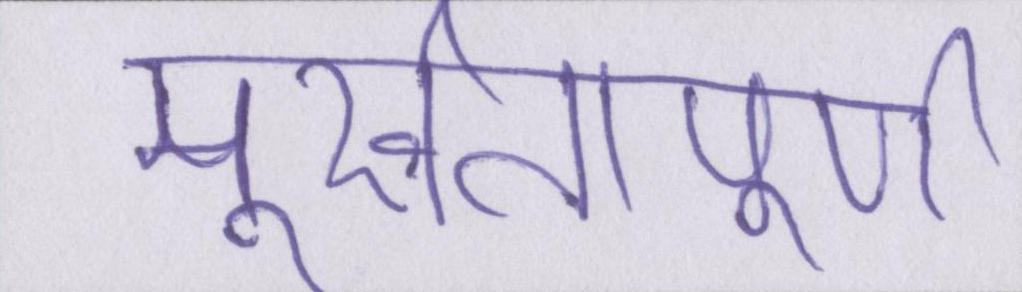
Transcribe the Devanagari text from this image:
मूर्खतापूर्ण